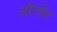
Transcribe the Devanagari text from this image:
औरवेय